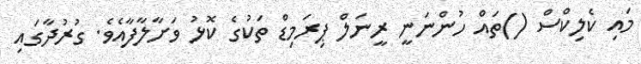
މައި ކެލިކްސް ()ތައް ހުންނަނީ ރީނަލް ޕިރަމިޑް ތަކުގެ ކޮޅު ވަށާލާފާއެވެ. ގުރުދާގައި